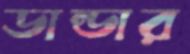
ডান্ডার